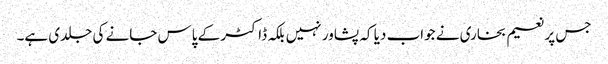
جس پر نعیم بخاری نے جواب دیا کہ پشاور نہیں بلکہ ڈاکٹر کے پاس جانے کی جلدی ہے۔